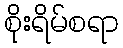
စိုးရိမ်စရာ